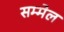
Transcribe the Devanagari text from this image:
सम्मेल